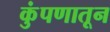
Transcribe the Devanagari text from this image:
कुंपणातून